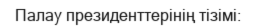
Палау президенттерінің тізімі: